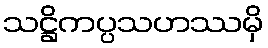
သဋ္ဌိကပ္ပသဟဿမှိ